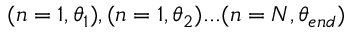
( n = 1 , \theta _ { 1 } ) , ( n = 1 , \theta _ { 2 } ) . . . ( n = N , \theta _ { e n d } )